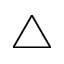
\bigtriangleup